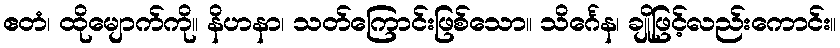
ဧတံ၊ ထိုမျောက်ကို။ နိဟနာ၊ သတ်ကြောင်းဖြစ်သော။ သိင်္ဂေန၊ ချိုဖြင့်လည်းကောင်း။